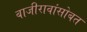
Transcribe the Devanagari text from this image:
बाजीरावांसोबत